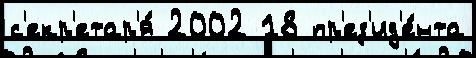
с'екр'етар'я́ 2002 18 пр'ез'ид'е́нта